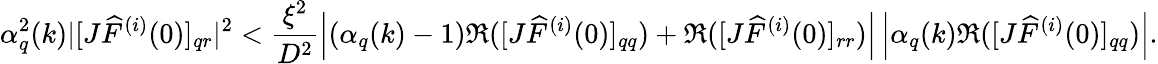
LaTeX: \alpha_{q}^{2}(k)|[J\widehat{F}^{(i)}(0)]_{qr}|^{2}<\frac{\xi^{2}}{D^{2}}\left|(\alpha_{q}(k)-1)\Re([J\widehat{F}^{(i)}(0)]_{qq})+\Re([J\widehat{F}^{(i)}(0)]_{rr})\right|\left|\alpha_{q}(k)\Re([J\widehat{F}^{(i)}(0)]_{qq})\right|.